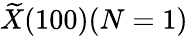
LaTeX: \widetilde{X}(100)(N=1)